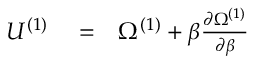
\begin{array} { r l r } { U ^ { ( 1 ) } } & { { } = } & { \Omega ^ { ( 1 ) } + \beta \frac { \partial \Omega ^ { ( 1 ) } } { \partial \beta } } \end{array}